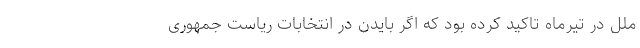
ملل در تیرماه تاکید کرده بود که اگر بایدن در انتخابات ریاست جمهوری